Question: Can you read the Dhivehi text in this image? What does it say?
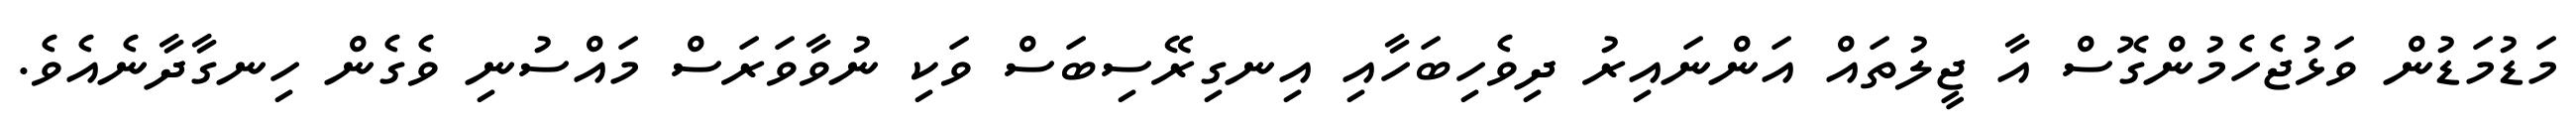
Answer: މަޑުމަޑުން ވަޅުޖެހެމުންގޮސް އާ ޖީލުތައް އަންނައިރު ދިވެހިބަހާއި އިނގިރޭސިބަސް ވަކި ނުވާވަރަސް މައްސުނި ވެގެން ހިނގާދާނެއެވެ.